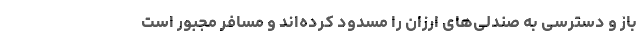
باز و دسترسی به صندلی‌های ارزان را مسدود کرده‌اند و مسافر مجبور است